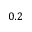
0 . 2